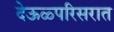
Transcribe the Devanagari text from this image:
देऊळ्परिसरात